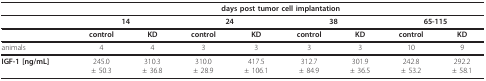
<table><thead><tr><td>[EMPTY_CELL]</td><td colspan="8"><b>days post tumor cell implantation</b></td></tr></thead><tbody><tr><td>[EMPTY_CELL]</td><td colspan="2"><b>14</b></td><td colspan="2"><b>24</b></td><td colspan="2"><b>38</b></td><td colspan="2"><b>65-115</b></td></tr><tr><td>[EMPTY_CELL]</td><td><b>control</b></td><td><b>KD</b></td><td><b>control</b></td><td><b>KD</b></td><td><b>control</b></td><td><b>KD</b></td><td><b>control</b></td><td><b>KD</b></td></tr><tr><td>animals</td><td>4</td><td>4</td><td>3</td><td>3</td><td>3</td><td>3</td><td>10</td><td>9</td></tr><tr><td><b>IGF-1 [ng/mL]</b></td><td>245.0± 50.3</td><td>310.3± 36.8</td><td>310.0± 28.9</td><td>417.5± 106.1</td><td>312.7± 84.9</td><td>301.9± 36.5</td><td>242.8± 53.2</td><td>292.2± 58.1</td></tr></tbody></table>